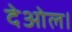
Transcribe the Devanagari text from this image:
देओल।